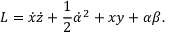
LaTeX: L = \dot { x } \dot { z } + \frac { 1 } { 2 } \dot { \alpha } ^ { 2 } + x y + \alpha \beta .